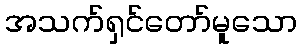
အသက်ရှင်တော်မူသော